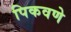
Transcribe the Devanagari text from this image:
पिकवणे